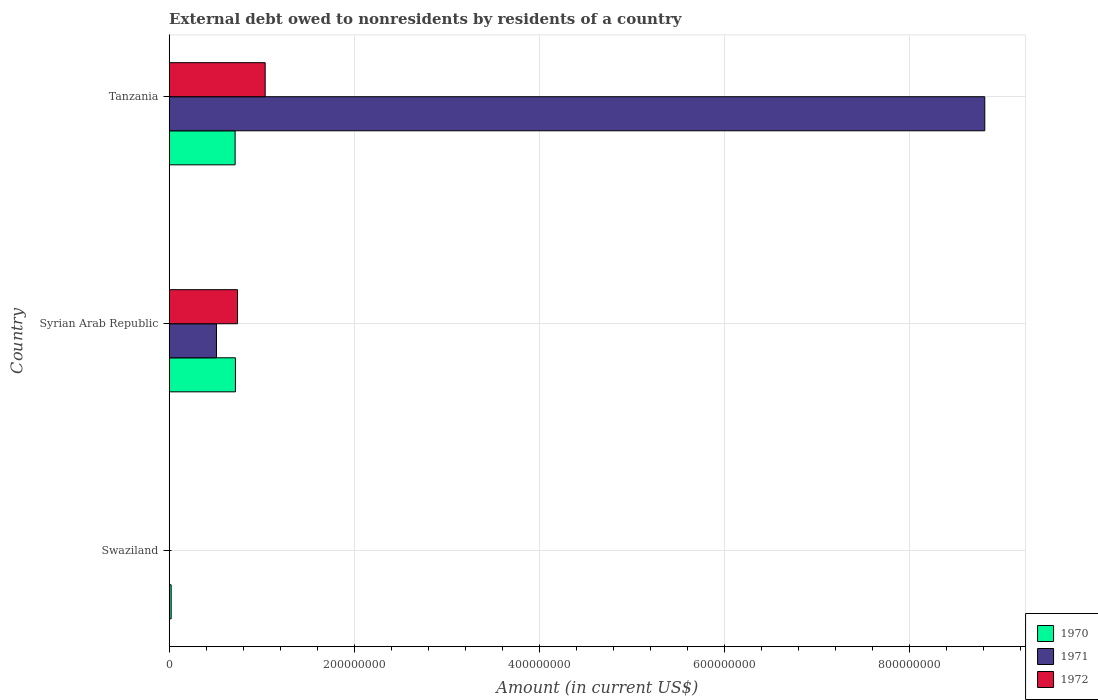
| Country | 1970 | 1971 | 1972 |
 | --- | --- | --- | --- |
 | Swaziland | 2.10e+06 | -2.47e+06 | -1.2e+06 |
 | Syrian Arab Republic | 7.16e+07 | 5.11e+07 | 7.38e+07 |
 | Tanzania | 7.13e+07 | 8.81e+08 | 1.04e+08 |